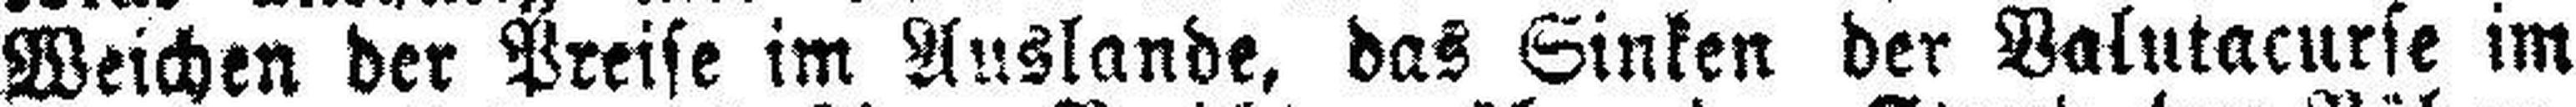
Weichen der Preise im Auslande, das Sinken der Valutacurse im